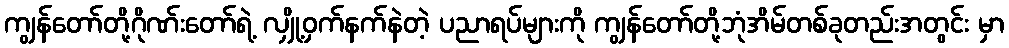
ကျွန်တော်တို့ဂိုဏ်းတော်ရဲ့ လျှို့ဝှက်နက်နဲတဲ့ ပညာရပ်များကို ကျွန်တော်တို့ဘုံအိမ်တစ်ခုတည်းအတွင်း မှာ